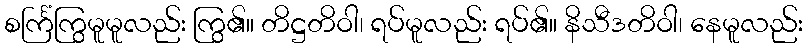
စင်္ကြံကြွမူမူလည်း ကြွ၏။ တိဋ္ဌတိဝါ၊ ရပ်မူလည်း ရပ်၏။ နိသီဒတိဝါ၊ နေမူလည်း